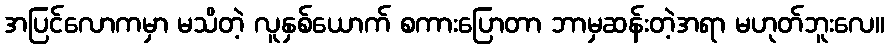
အပြင်လောကမှာ မသိတဲ့ လူနှစ်ယောက် စကားပြောတာ ဘာမှဆန်းတဲ့အရာ မဟုတ်ဘူးလေ။